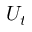
U _ { t }